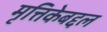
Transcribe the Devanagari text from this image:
मृत्तिकेबद्दल